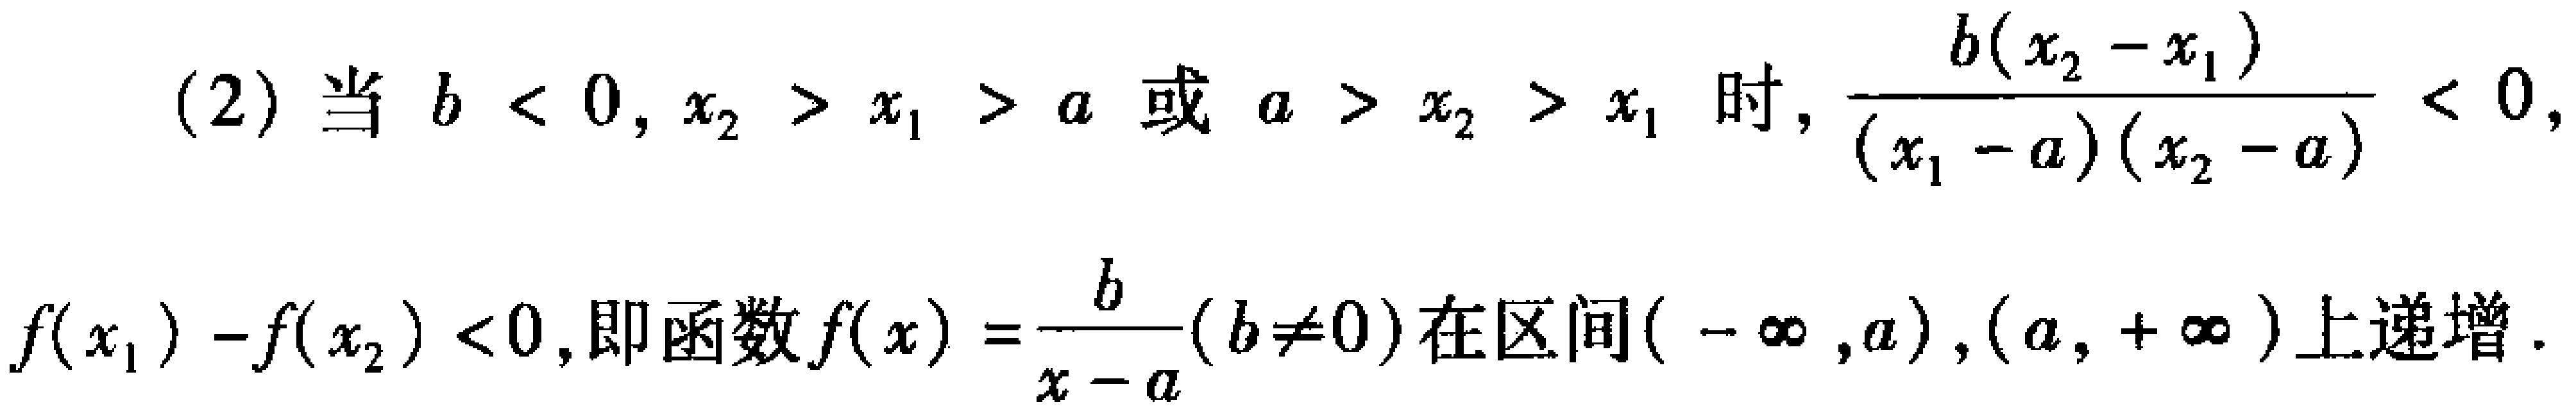
(2) 当 \(b < 0, x_{2} > x_{1} > a\) 或 \(a > x_{2} > x_{1}\) 时, \(\frac{b(x_{2}-x_{1})}{(x_{1}-a)(x_{2}-a)} < 0\),

\(f(x_{1}) - f(x_{2}) < 0\), 即函数 \(f(x)=\frac{b}{x - a}(b\neq0)\) 在区间 \((-\infty,a),(a,+\infty)\) 上递增.